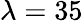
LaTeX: \lambda=35